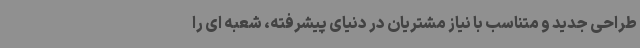
طراحی جدید و متناسب با نیاز مشتریان در دنیای پیشرفته، شعبه ای را